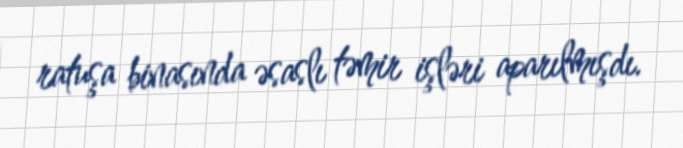
ratuşa binasında əsaslı təmir işləri aparılmışdı.